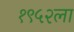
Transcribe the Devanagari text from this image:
१९५२ला